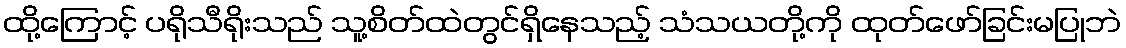
ထို့ကြောင့် ပရိုသီရိုးသည် သူ့စိတ်ထဲတွင်ရှိနေသည့် သံသယတို့ကို ထုတ်ဖော်ခြင်းမပြုဘဲ